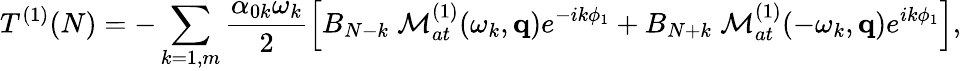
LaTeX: T^{(1)}(N)=-\sum_{k=1,m}\frac{\alpha_{0k}\omega_{k}}{2}\left[B_{N-k}\; {\cal M}_{at}^{(1)}(\omega_{k},\mathbf{q})e^{-ik\phi_{1}}+B_{N+k}\; {\cal M}_{at}^{(1)}(-\omega_{k},\mathbf{q})e^{ik\phi_{1}}\right],